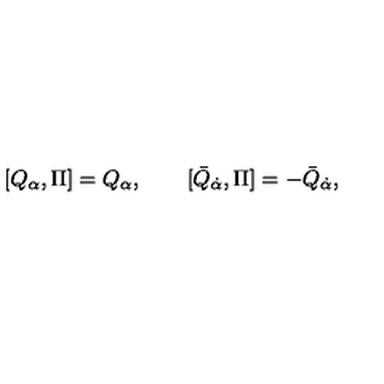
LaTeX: [ Q _ { \alpha } , \Pi ] = Q _ { \alpha } , \qquad [ \bar { Q } _ { \dot { \alpha } } , \Pi ] = - \bar { Q } _ { \dot { \alpha } } ,